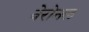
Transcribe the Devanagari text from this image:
वेरोनल